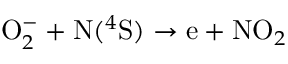
\mathrm O _ { 2 } ^ { - } + \mathrm N ( ^ { 4 } \mathrm S ) \to \mathrm e + \mathrm N \mathrm O _ { 2 }